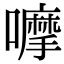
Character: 嚤